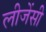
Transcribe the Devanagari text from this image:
लीजेंसी